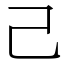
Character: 己